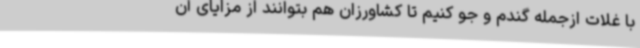
با غلات ازجمله گندم و جو کنیم تا کشاورزان هم بتوانند از مزایای آن